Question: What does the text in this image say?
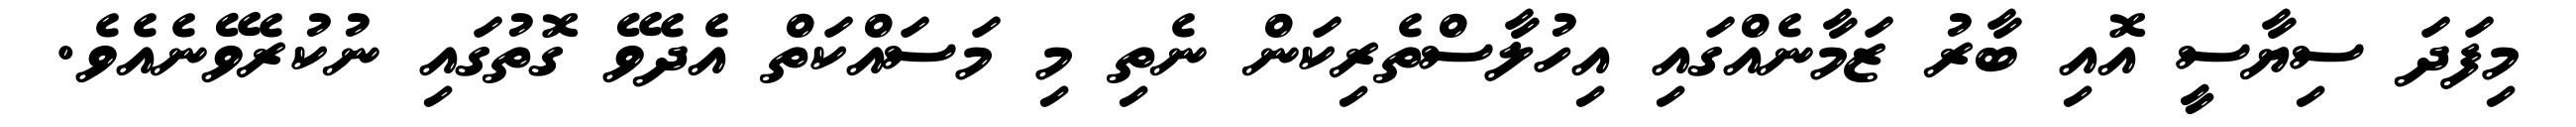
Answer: މިފަދަ ސިޔާސީ އޮއި ބާރު ޒަމާނެއްގައި އިހުލާސްތެރިކަން ނެތި މި މަސައްކަތް އެދެވޭ ގޮތުގައި ނުކުރެވޭނެއެވެ.